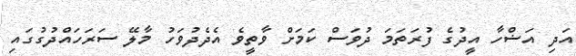
އަދި އަޟްހާ އީދުގެ ފުރަތަމަ ދުވަސް ކަމަށް ވާތީވެ އެދެދުވަހު މާލޭ ސަރަހައްދުގުގައި